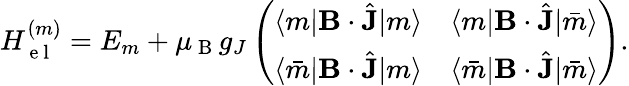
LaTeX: H_{\mathrm{~e~l~}}^{(m)}=E_{m}+\mu_{\mathrm{~B~}}g_{J}\left(\begin{array}{cc}{\langle m|\mathbf{B}\cdot\hat{\mathbf{J}}|m\rangle}&{\langle m|\mathbf{B}\cdot\hat{\mathbf{J}}|\bar{m}\rangle}\\ {\langle\bar{m}|\mathbf{B}\cdot\hat{\mathbf{J}}|m\rangle}&{\langle\bar{m}|\mathbf{B}\cdot\hat{\mathbf{J}}|\bar{m}\rangle}\end{array}\right).